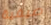
صيفية